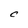
Character: C